Treatise on elephants
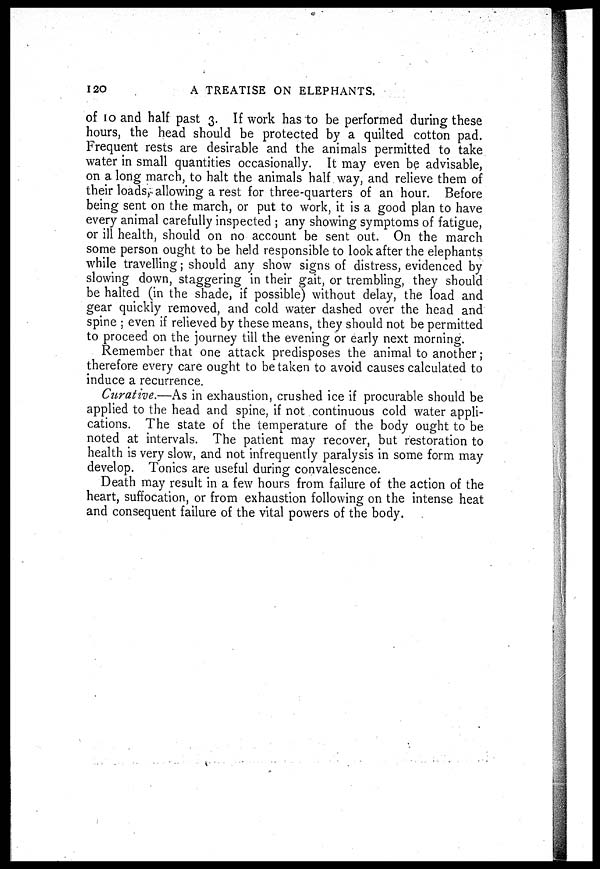
120
A TREATISE ON ELEPHANTS.
of 10 and half past 3. If work has to be performed during these
hours, the head should be protected by a quilted cotton pad.
Frequent rests are desirable and the animals permitted to take
water in small quantities occasionally. It may even be advisable,
on a long march, to halt the animals half way, and relieve them of
their loads, allowing a rest for three-quarters of an hour. Before
being sent on the march, or put to work, it is a good plan to have
every animal carefully inspected ; any showing symptoms of fatigue,
or ill health, should on no account be sent out. On the march
some person ought to be held responsible to look after the elephants
while travelling; should any show signs of distress, evidenced by
slowing down, staggering in their gait, or trembling, they should
be halted (in the shade, if possible) without delay, the load and
gear quickly removed, and cold water dashed over the head and
spine ; even if relieved by these means, they should not be permitted
to proceed on the journey till the evening or early next morning.
Remember that one attack predisposes the animal to another;
therefore every care ought to be taken to avoid causes calculated to
induce a recurrence.
Curative.—As in exhaustion, crushed ice if procurable should be
applied to the head and spine, if not continuous cold water appli-
cations. The state of the temperature of the body ought to be
noted at intervals. The patient may recover, but restoration to
health is very slow, and not infrequently paralysis in some form may
develop. Tonics are useful during convalescence.
Death may result in a few hours from failure of the action of the
heart, suffocation, or from exhaustion following on the intense heat
and consequent failure of the vital powers of the body.